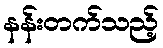
နန်းတက်သည့်